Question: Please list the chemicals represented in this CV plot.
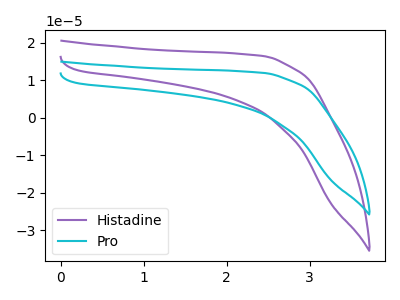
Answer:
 <answer>The purple curve is labeled "Histadine". The cyan curve is labeled "Pro".</answer>
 <eval></eval>